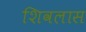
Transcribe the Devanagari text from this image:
शिवलास